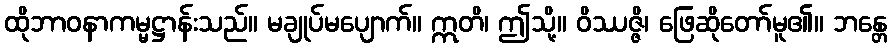
ထိုဘာဝနာကမ္မဋ္ဌာန်းသည်။ မချုပ်မပျောက်။ ဣတိ၊ ဤသို့။ ဝိဿဇ္ဇိ၊ ဖြေဆိုတော်မူ၏။ ဘန္တေ